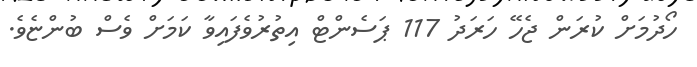
ހޯދުމަށް ކުރަން ޖެހޭ ހަރަދު 117 ޕަސެންޓް އިތުރުވެފައިވާ ކަމަށް ވެސް ބުންޏެވެ.